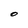
Character: O